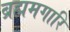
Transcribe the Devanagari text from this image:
ब्रह्ममगारि